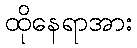
ထိုနေရာအား